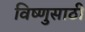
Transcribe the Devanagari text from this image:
विष्णुसाठी